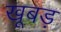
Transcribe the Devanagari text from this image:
खूबड़